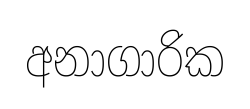
අනාගාරික